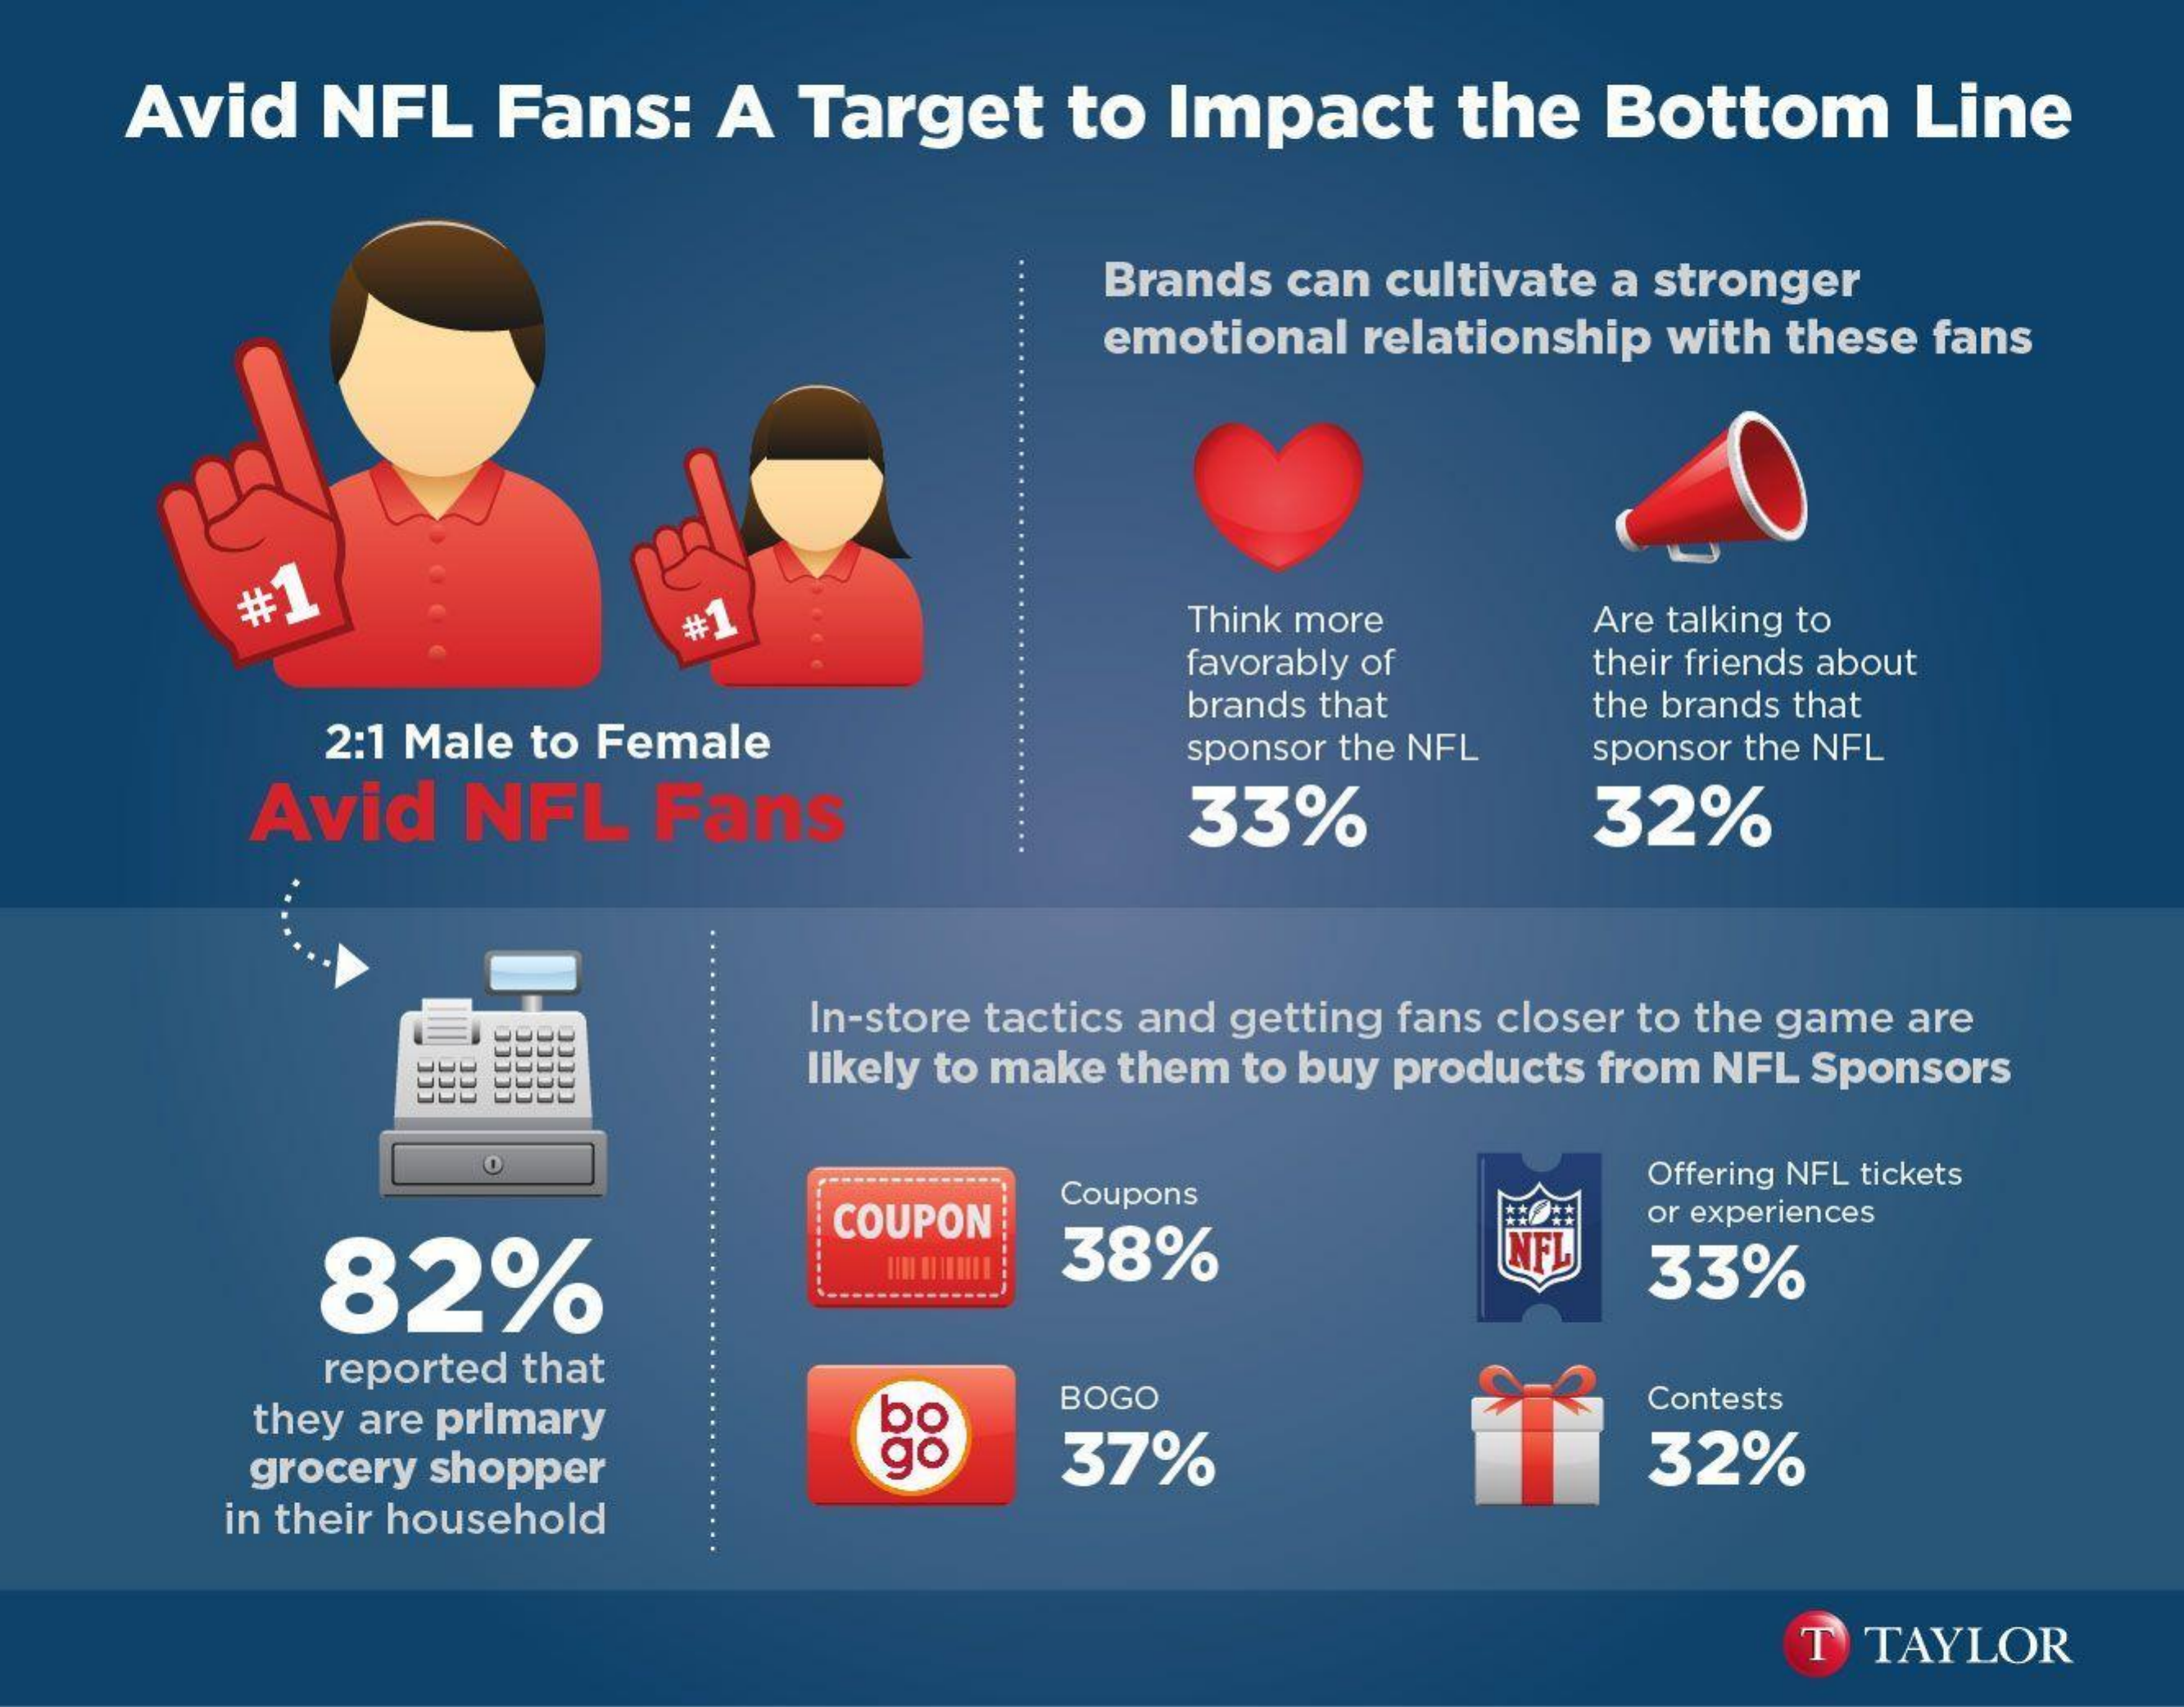
Avid    NFL    Fans:    A   Target    to  Impact    the   Bottom    Line
     ............
     Brands  can cultivate  a stronger
     emotional  relationship   with these  fans
     #1
     #1    Think more    Are talking to
     favorably of    their friends about
     2:1 Male  to Female
     brands that    the brands that
     sponsor the NFL   sponsor the NFL
     Avid    NFL    Fans    33%    32%
     ............ In-store tactics and getting fans closer to the game are
     likely to make them to buy products from  NFL Sponsors
     Offering NFL tickets
     82%
     COUPON
     Coupons
     38%
     or experiences
     NFL
     33%
     reported  that
     ..............
     they are primary    bo
     BOGO    Contests
     grocery shopper    go    37%    32%
     in their household
     T  TAYLOR